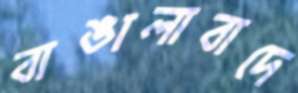
বাঙালাবাদে